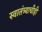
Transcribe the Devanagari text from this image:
स्वातंत्र्याचीही